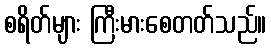
စရိတ်များ ကြီးမားစေတတ်သည်။